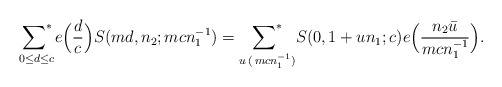
\begin{align*}{\mathop{\sum\nolimits^*}\limits_{0 \leq d \leq c }}e\Big(\frac{d}{c}\Big) S(md, n_2; mcn_1^{-1})={\mathop{\sum\nolimits^*}\limits_{u\,(\, mcn_1^{-1}) } }S(0, 1+un_1 ; c)e\Big(\frac{n_2 \bar{u}}{mcn_1^{-1}}\Big) . \end{align*}